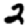
Digit: 2